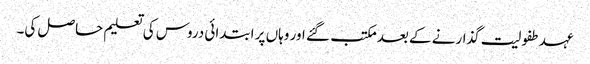
عہد طفولیت گذارنے کے بعد مکتب گئے اور وہاں پر ابتدائی دروس کی تعلیم حاصل کی۔